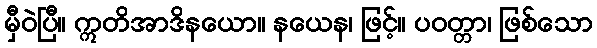
မှီဝဲပြီ။ ဣတိအာဒိနယော။ နယေန၊ ဖြင့်။ ပဝတ္တာ၊ ဖြစ်သော